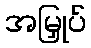
အမြှုပ်